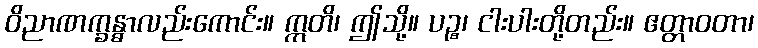
ဝိညာဏက္ခန္ဓာလည်းကောင်း။ ဣတိ၊ ဤသို့။ ပဉ္စ၊ ငါးပါးတို့တည်း။ ဧတ္တာဝတာ၊